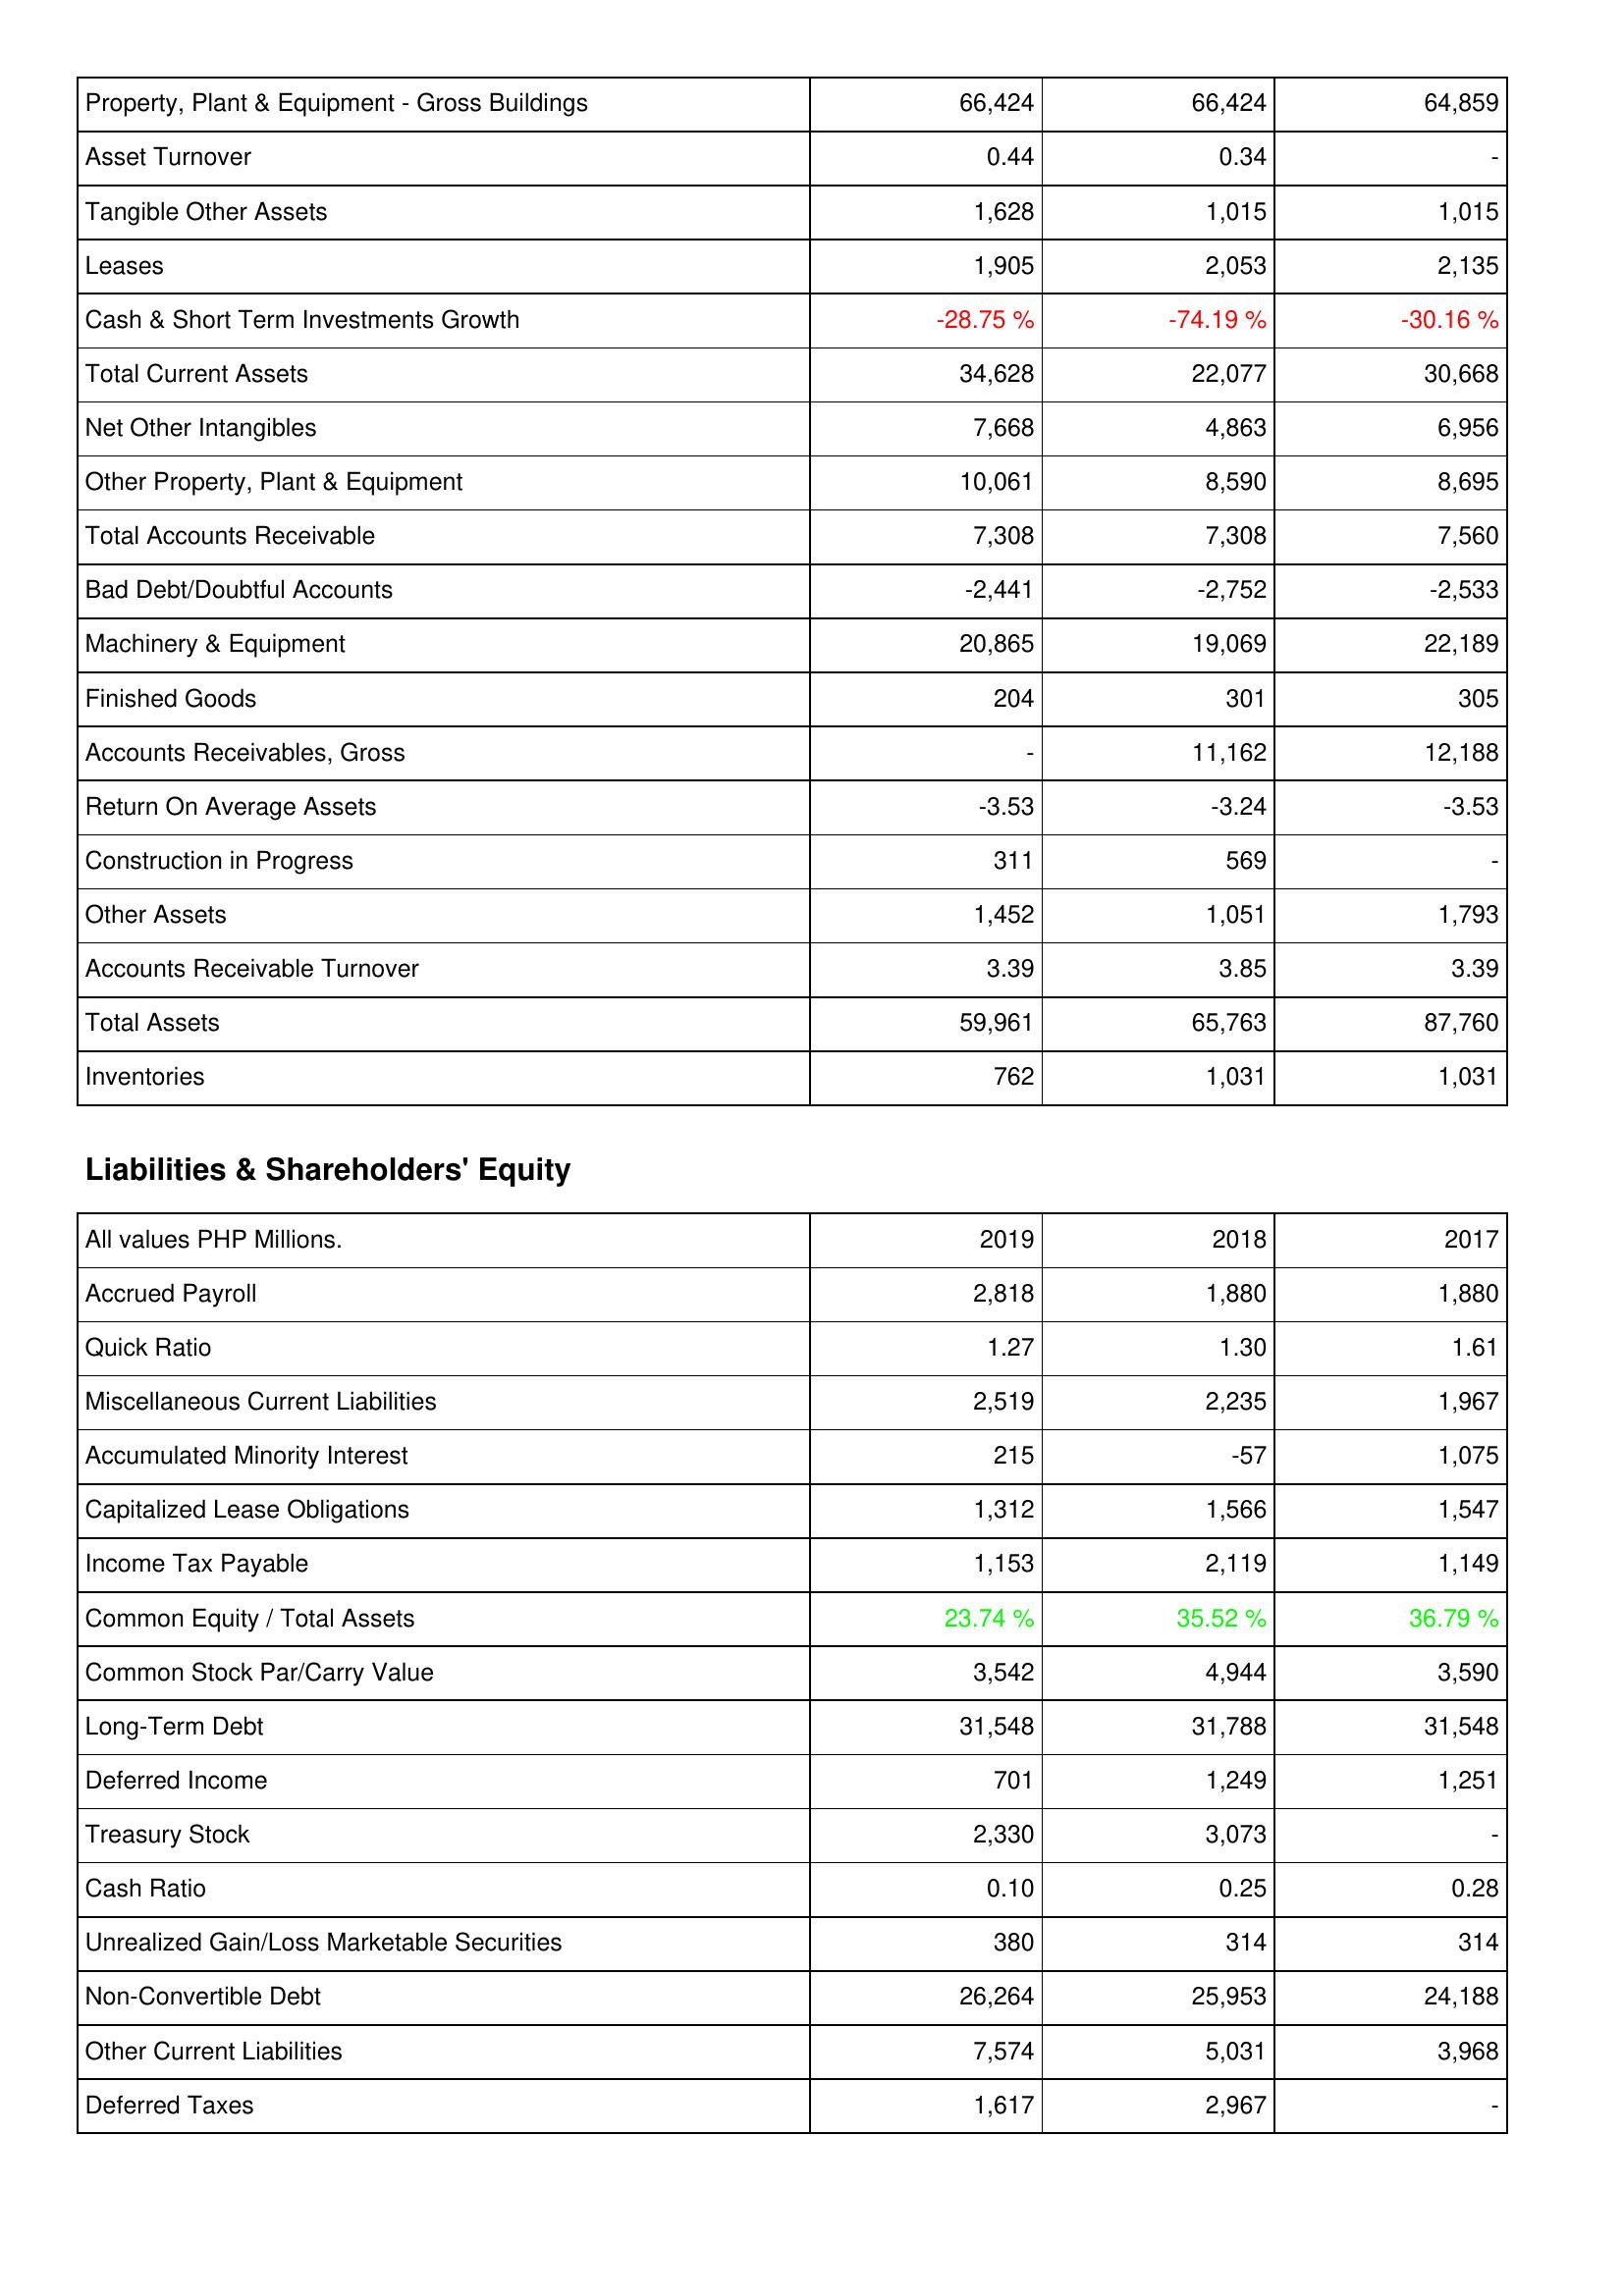
2019: Assets: Property, Plant & Equipment - Gross Buildings: 66,424
Asset Turnover: 0.44
Tangible Other Assets: 1,628
Leases: 1,905
Cash & Short Term Investments Growth: -28.75 %
Total Current Assets: 34,628
Net Other Intangibles: 7,668
Other Property, Plant & Equipment: 10,061
Total Accounts Receivable: 7,308
Bad Debt/Doubtful Accounts: -2,441
Machinery & Equipment: 20,865
Finished Goods: 204
Accounts Receivables, Gross: -
Return On Average Assets: -3.53
Construction in Progress: 311
Other Assets: 1,452
Accounts Receivable Turnover: 3.39
Total Assets: 59,961
Inventories: 762
Liabilities & Shareholders' Equity: Accrued Payroll: 2,818
Quick Ratio: 1.27
Miscellaneous Current Liabilities: 2,519
Accumulated Minority Interest: 215
Capitalized Lease Obligations: 1,312
Income Tax Payable: 1,153
Common Equity / Total Assets: 23.74 %
Common Stock Par/Carry Value: 3,542
Long-Term Debt: 31,548
Deferred Income: 701
Treasury Stock: 2,330
Cash Ratio: 0.10
Unrealized Gain/Loss Marketable Securities: 380
Non-Convertible Debt: 26,264
Other Current Liabilities: 7,574
Deferred Taxes: 1,617
2018: Assets: Property, Plant & Equipment - Gross Buildings: 66,424
Asset Turnover: 0.34
Tangible Other Assets: 1,015
Leases: 2,053
Cash & Short Term Investments Growth: -74.19 %
Total Current Assets: 22,077
Net Other Intangibles: 4,863
Other Property, Plant & Equipment: 8,590
Total Accounts Receivable: 7,308
Bad Debt/Doubtful Accounts: -2,752
Machinery & Equipment: 19,069
Finished Goods: 301
Accounts Receivables, Gross: 11,162
Return On Average Assets: -3.24
Construction in Progress: 569
Other Assets: 1,051
Accounts Receivable Turnover: 3.85
Total Assets: 65,763
Inventories: 1,031
Liabilities & Shareholders' Equity: Accrued Payroll: 1,880
Quick Ratio: 1.30
Miscellaneous Current Liabilities: 2,235
Accumulated Minority Interest: -57
Capitalized Lease Obligations: 1,566
Income Tax Payable: 2,119
Common Equity / Total Assets: 35.52 %
Common Stock Par/Carry Value: 4,944
Long-Term Debt: 31,788
Deferred Income: 1,249
Treasury Stock: 3,073
Cash Ratio: 0.25
Unrealized Gain/Loss Marketable Securities: 314
Non-Convertible Debt: 25,953
Other Current Liabilities: 5,031
Deferred Taxes: 2,967
2017: Assets: Property, Plant & Equipment - Gross Buildings: 64,859
Asset Turnover: -
Tangible Other Assets: 1,015
Leases: 2,135
Cash & Short Term Investments Growth: -30.16 %
Total Current Assets: 30,668
Net Other Intangibles: 6,956
Other Property, Plant & Equipment: 8,695
Total Accounts Receivable: 7,560
Bad Debt/Doubtful Accounts: -2,533
Machinery & Equipment: 22,189
Finished Goods: 305
Accounts Receivables, Gross: 12,188
Return On Average Assets: -3.53
Construction in Progress: -
Other Assets: 1,793
Accounts Receivable Turnover: 3.39
Total Assets: 87,760
Inventories: 1,031
Liabilities & Shareholders' Equity: Accrued Payroll: 1,880
Quick Ratio: 1.61
Miscellaneous Current Liabilities: 1,967
Accumulated Minority Interest: 1,075
Capitalized Lease Obligations: 1,547
Income Tax Payable: 1,149
Common Equity / Total Assets: 36.79 %
Common Stock Par/Carry Value: 3,590
Long-Term Debt: 31,548
Deferred Income: 1,251
Treasury Stock: -
Cash Ratio: 0.28
Unrealized Gain/Loss Marketable Securities: 314
Non-Convertible Debt: 24,188
Other Current Liabilities: 3,968
Deferred Taxes: -